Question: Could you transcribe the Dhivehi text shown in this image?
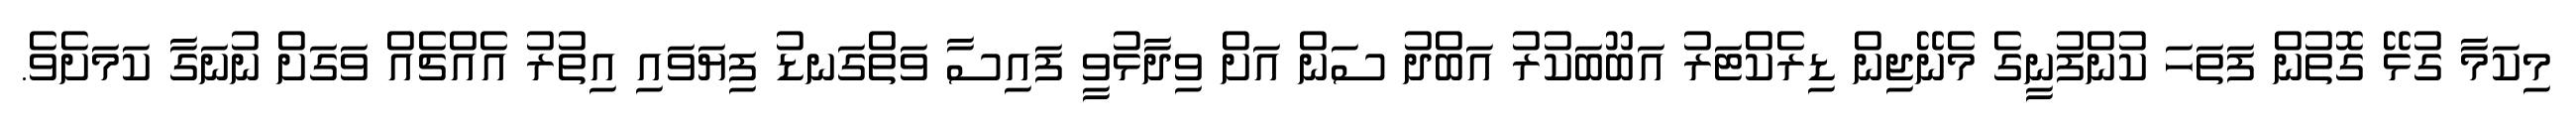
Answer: މިކަމާ ގުޅޭ ގޮތުން ފަތަހަ ކުންފުނީގެ މެނޭޖިން ޑިރެކްޓަރު އަބޫބަކުރު އަބްދު ސަން އަށް ވިދާޅުވީ ފައިސާ ވަތްގަނޑު ފިޔަވައި އިތުރު އެއްޗެއް ވަގަށް ނުނަގާ ކަމަށެވެ.